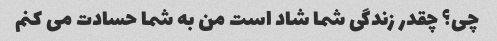
چی؟ چقدر زندگی شما شاد است من به شما حسادت می کنم